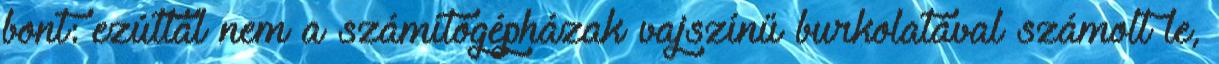
bont: ezúttal nem a számítógépházak vajszínű burkolatával számolt le,